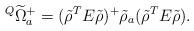
LaTeX: \begin{align*}{}^Q\widetilde{\Omega}^+_a=(\tilde{\rho}^TE\tilde{\rho})^+\tilde{\rho}_a(\tilde{\rho}^TE\tilde{\rho}).\end{align*}